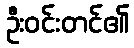
ဦးဝင်းတင်၏